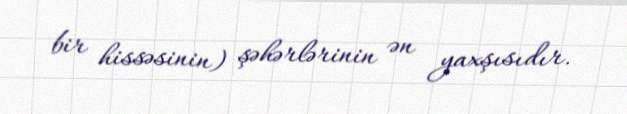
bir hissəsinin) şəhərlərinin ən yaxşısıdır.